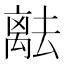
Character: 𬓞